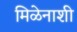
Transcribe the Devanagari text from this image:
मिळेनाशी